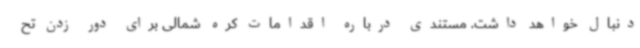
دنبال خواهد داشت. مستندی درباره اقدامات کره شمالی برای دور زدن تح